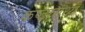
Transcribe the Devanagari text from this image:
कष्टामध्ये